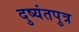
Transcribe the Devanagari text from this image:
दुष्यंतपुत्र